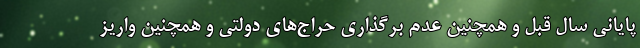
پایانی سال قبل و همچنین عدم برگذاری حراج‌های دولتی و همچنین واریز